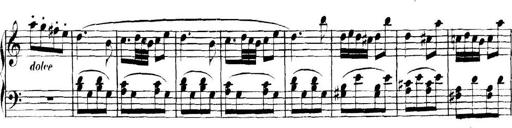
Title: Collected Piano Sonatas
Composer: Muzio Clementi